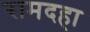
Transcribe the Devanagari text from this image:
रामदहा